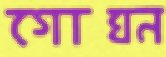
গোঘ্ন